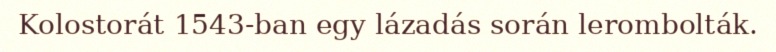
Kolostorát 1543-ban egy lázadás során lerombolták.